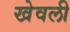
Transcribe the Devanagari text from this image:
खेवली